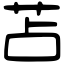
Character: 苫